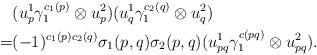
LaTeX: \begin{align*}&(u_p^1 \gamma_1^{c_1(p)} \otimes u_p^2)(u_{q}^1 \gamma_1 ^{c_2(q)} \otimes u_{q}^2)\\=& (-1)^{c_1(p)c_2(q)}\sigma_1(p,q)\sigma_2(p,q) (u_{pq}^1 \gamma^{c(pq)}_1 \otimes u_{pq}^2). \end{align*}